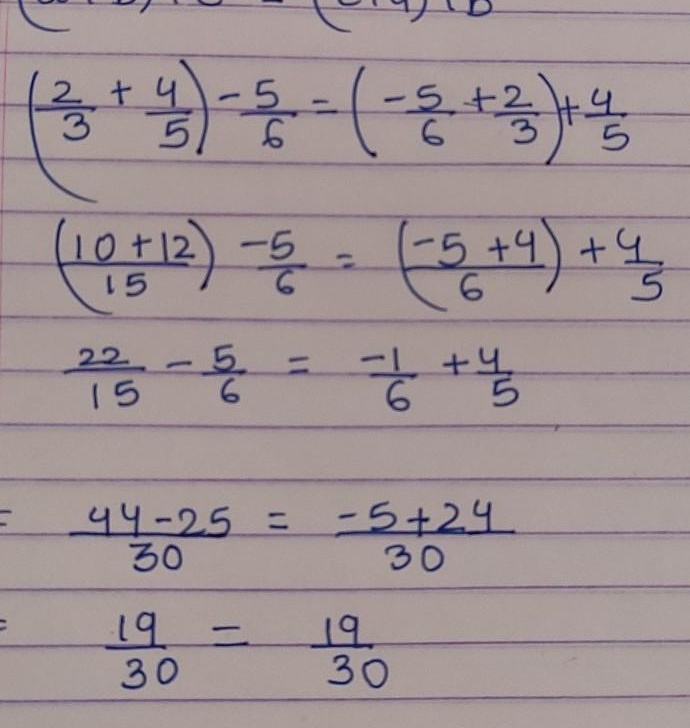
\[
\begin{align*}
\left(\frac{2}{3}+\frac{4}{5}\right)-\frac{5}{6}&=\left(-\frac{5}{6}+\frac{2}{3}\right)+\frac{4}{5}\\
\left(\frac{10 + 12}{15}\right)-\frac{5}{6}&=\left(\frac{-5 + 4}{6}\right)+\frac{4}{5}\\
\frac{22}{15}-\frac{5}{6}&=\frac{-1}{6}+\frac{4}{5}\\
\frac{44 - 25}{30}&=\frac{-5 + 24}{30}\\
\frac{19}{30}&=\frac{19}{30}
\end{align*}
\]